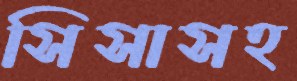
সিসাসহ